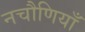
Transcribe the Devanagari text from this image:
नचौणियाँ